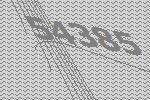
54385